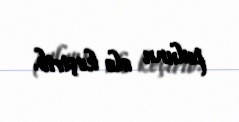
pulunu ələ keçirib.